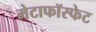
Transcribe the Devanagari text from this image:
मेटाफॉस्फेट